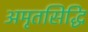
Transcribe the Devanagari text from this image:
अमृतसिद्धि